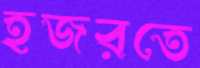
হজরতে